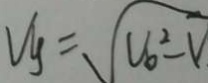
V _ { y } = \sqrt { V _ { 6 } ^ { 2 } - V }